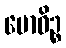
ဗောဓိဉ္စ